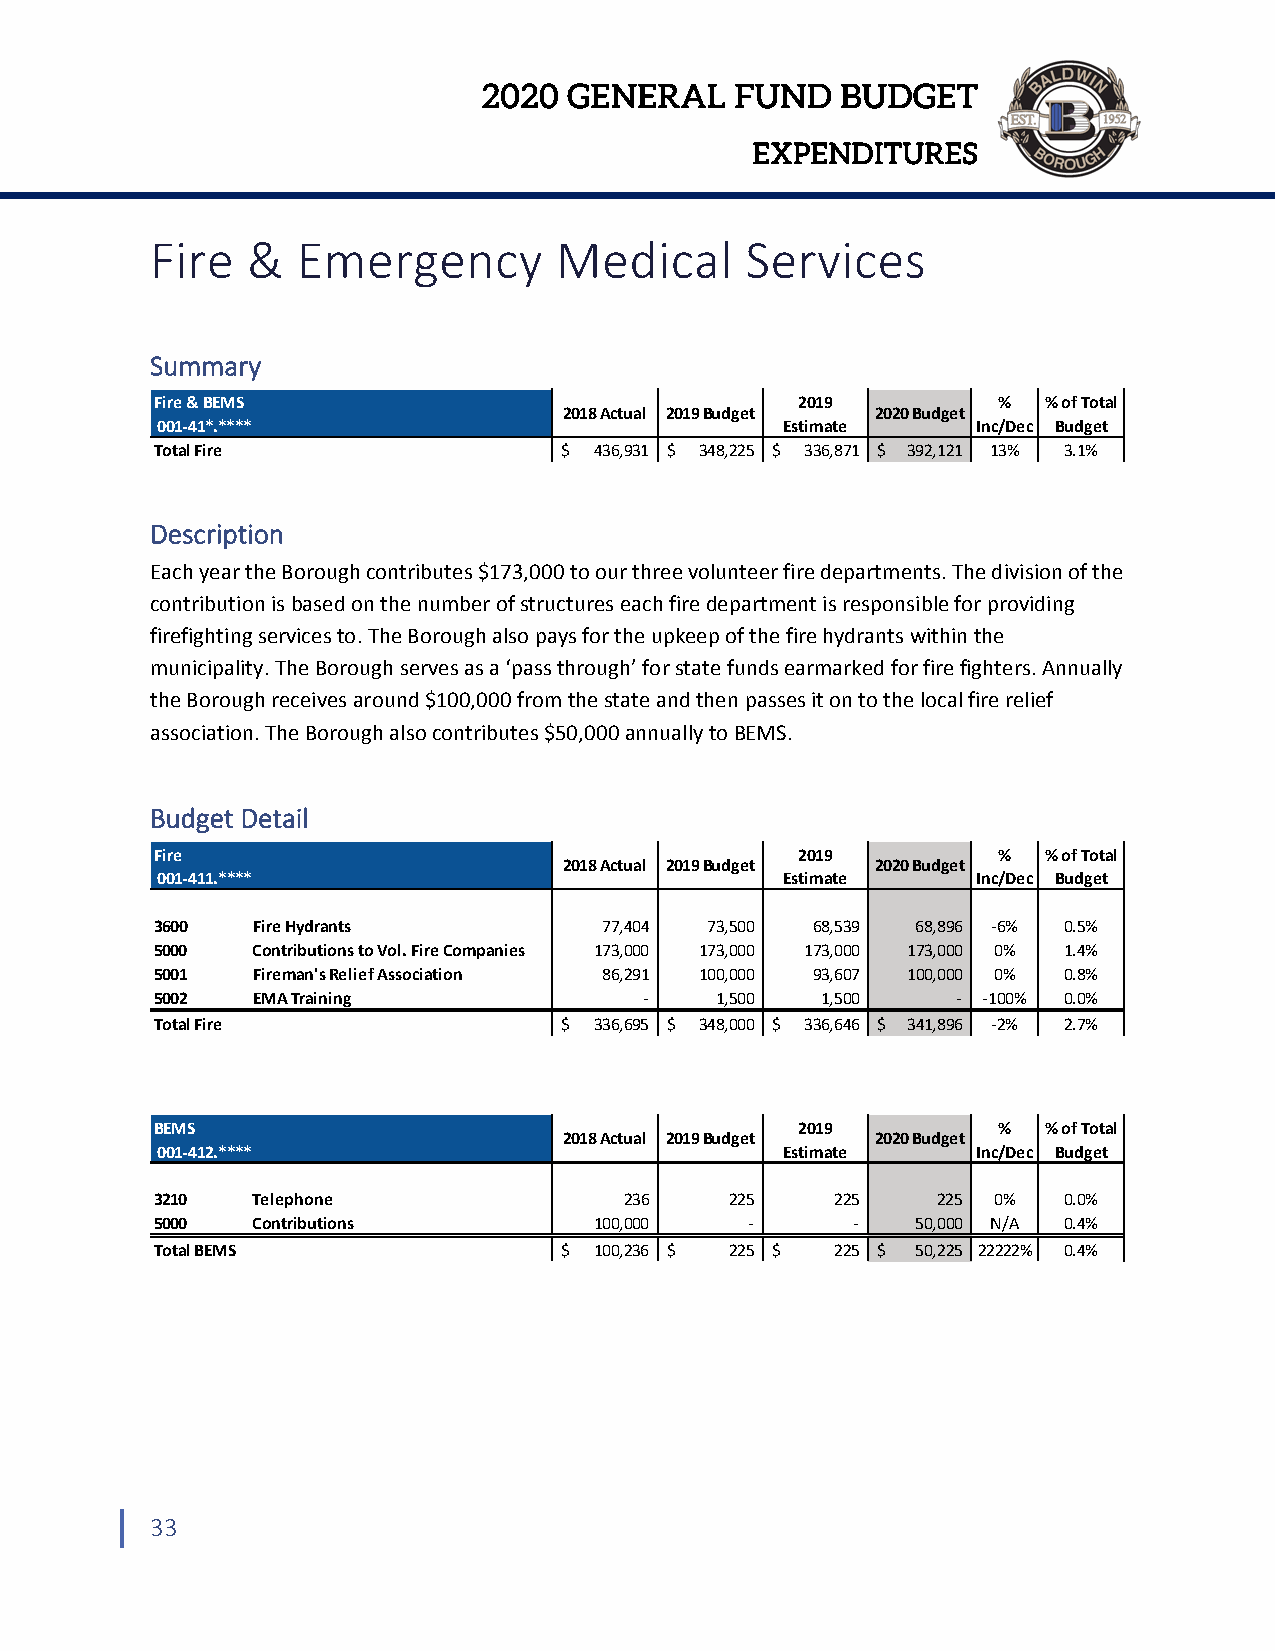
2020  GENERAL    FUND   BUDGET
 EXPENDITURES
 Fire  &   Emergency        Medical     Services
 Summary
 Fire & BEMS                                2019         %  % of Total
 2018 Actual 2019 Budget 2020 Budget
 001‐41*.****                              Estimate     Inc/Dec Budget
 Total Fire                 $ 436,931 $ 348,225 $ 336,871 $ 392,121 13% 3.1%
 Description
 Each year the Borough contributes $173,000 to our three volunteer fire departments. The division of the
 contribution is based on the number of structures each fire department is responsible for providing
 firefighting services to. The Borough also pays for the upkeep of the fire hydrants within the
 municipality. The Borough serves as a ‘pass through’ for state funds earmarked for fire fighters. Annually
 the Borough receives around $100,000 from the state and then passes it on to the local fire relief
 association. The Borough also contributes $50,000 annually to BEMS.
 Budget Detail
 Fire                                       2019         %  % of Total
 2018 Actual 2019 Budget 2020 Budget
 001‐411.****                              Estimate     Inc/Dec Budget
 3600   Fire Hydrants          77,404 73,500 68,539 68,896 ‐6% 0.5%
 5000   Contributions to Vol. Fire Companies 173,000 173,000 173,000 173,000 0% 1.4%
 5001   Fireman's Relief Association 86,291 100,000 93,607 100,000 0% 0.8%
 5002   EMA Training              ‐   1,500  1,500    ‐ ‐100% 0.0%
 Total Fire                 $ 336,695 $ 348,000 $ 336,646 $ 341,896 ‐2% 2.7%
 BEMS                                       2019         %  % of Total
 2018 Actual 2019 Budget 2020 Budget
 001‐412.****                              Estimate     Inc/Dec Budget
 3210   Telephone               236    225    225    225 0%  0.0%
 5000   Contributions         100,000    ‐     ‐    50,000 N/A 0.4%
 Total BEMS                 $ 100,236 $ 225 $ 225 $ 50,225 22222% 0.4%
 33